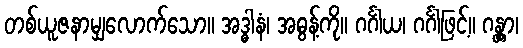
တစ်ယူဇနာမျှလောက်သော။ အဒ္ဓါနံ၊ အဓွန့်ကို။ ဂင်္ဂါယ၊ ဂင်္ဂါဖြင့်။ ဂန္တွာ၊